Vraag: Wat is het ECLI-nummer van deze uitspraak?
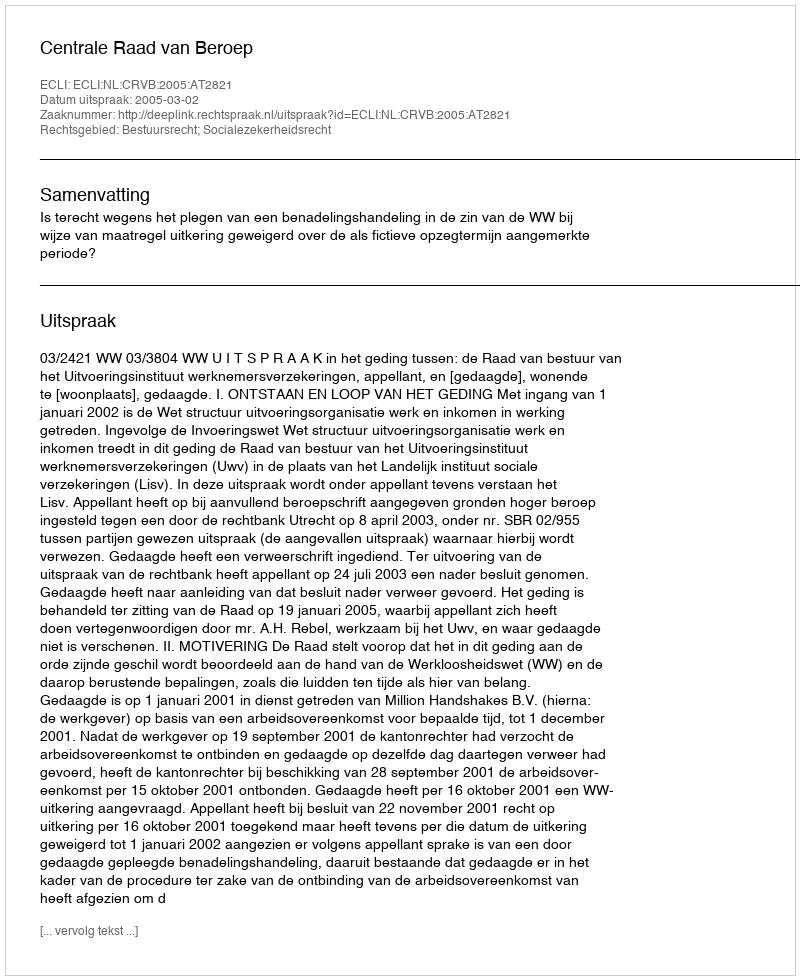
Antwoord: ECLI:NL:CRVB:2005:AT2821